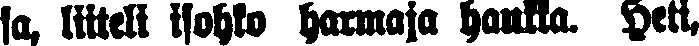
sa, liiteli isohko harmaja haukka. Heti,